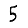
Digit: 5